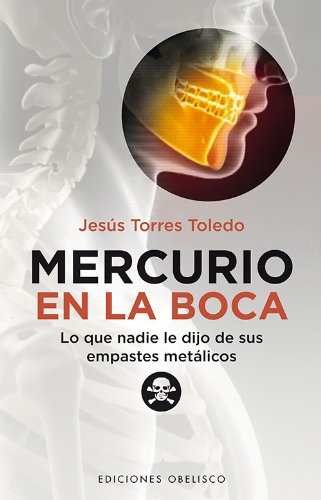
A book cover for Mercurio en la boca (Spanish Edition) (Coleccion Salud y Vida Natural); Jesus Torres; Medical Books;